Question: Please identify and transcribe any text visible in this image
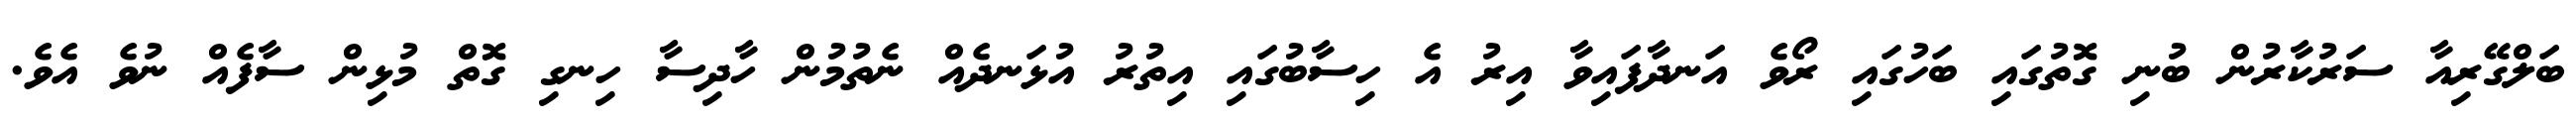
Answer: ބަލްގޭރިއާ ސަރުކާރުން ބުނި ގޮތުގައި ބަހުގައި ރޯވެ އަނދާފައިވާ އިރު އެ ހިސާބުގައި އިތުރު އުޅަނދެއް ނެތުމުން ހާދިސާ ހިނގި ގޮތް މުޅިން ސާފެއް ނުވެ އެވެ.